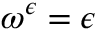
\omega ^ { \epsilon } = \epsilon